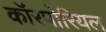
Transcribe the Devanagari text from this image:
कॉरपोरियल